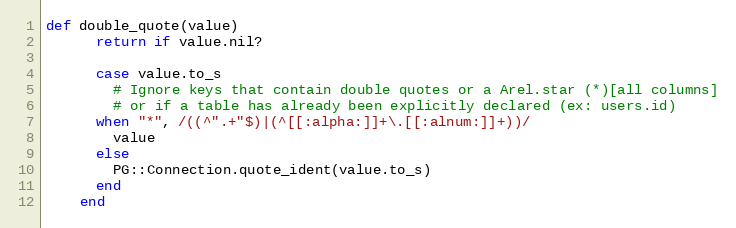
Language: Ruby
def double_quote(value)
      return if value.nil?

      case value.to_s
        # Ignore keys that contain double quotes or a Arel.star (*)[all columns]
        # or if a table has already been explicitly declared (ex: users.id)
      when "*", /((^".+"$)|(^[[:alpha:]]+\.[[:alnum:]]+))/
        value
      else
        PG::Connection.quote_ident(value.to_s)
      end
    end